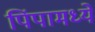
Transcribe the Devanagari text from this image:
पिंपामध्ये